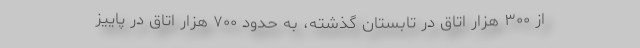
از ۳۰۰ هزار اتاق در تابستان گذشته، به حدود ۷۰۰ هزار اتاق در پاییز